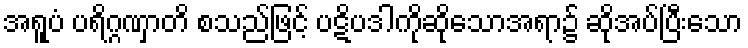
အရူပံ ပရိဂ္ဂဏှာတိ စသည်ဖြင့် ပဋိပဒါကိုဆိုသောအရာ၌ ဆိုအပ်ပြီးသော